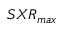
S X R _ { m a x }